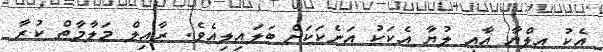
އެކު އިލްޔާ އާއި ލުޔާ އެކަކު އަނެކަކަށް ބަލައިލިއެވެ. ރާއިލް މަލާމާތް ކުރާ